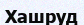
Хашруд